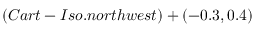
( C a r t - I s o . n o r t h w e s t ) + ( - 0 . 3 , 0 . 4 )